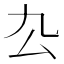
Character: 厹